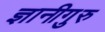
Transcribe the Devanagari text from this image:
ज्ञानीगुरु